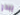
يبدو